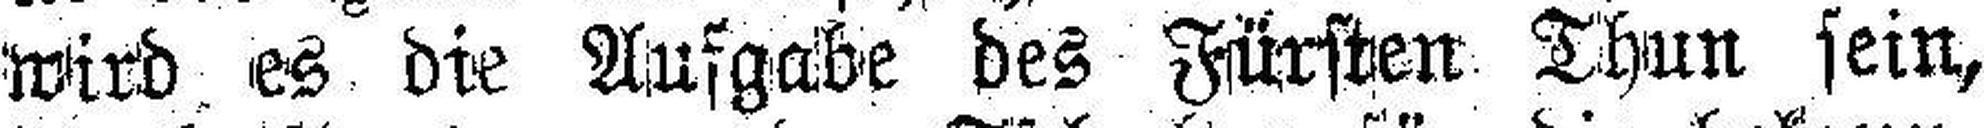
wird es die Aufgabe des Fürsten Thun sein,